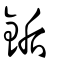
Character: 銗